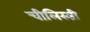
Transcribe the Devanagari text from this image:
चीलिस्सी